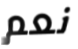
نعم